Annual administration and progress report of the Indian Medical Department, Bombay
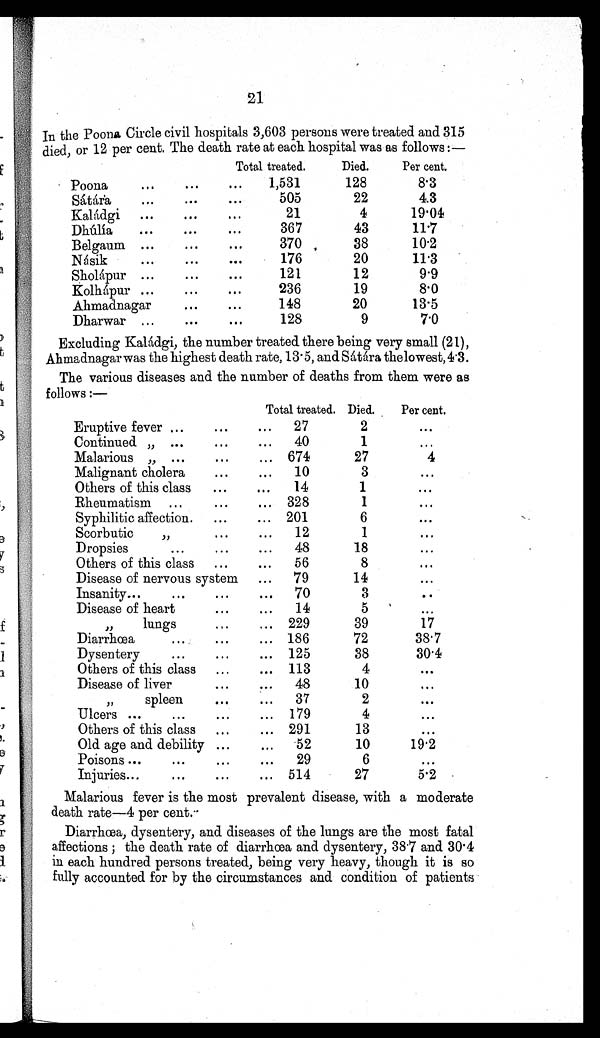
21
In the Poona Circle civil hospitals 3,603 persons were treated and 315
died, or 12 per cent. The death rate at each hospital was as follows:—
Total treated.
Died.
Per cent.
Poona
. . .
...
...
1,531
128
8.3
Sátára
...
. . .
. . .
505
22
4.3
Kaládgi
...
...
...
21
4
19.04
Dhúlía
...
...
. . .
367
43
11.7
Belgaum ...
...
. . .
370
38
10.2
Násik
. . .
. . .
. . .
176
20
11.3
Sholápur ...
. . .
. . .
121
12
9.9
Kolhápur ...
...
...
236
19
8.0
Ahmadnagar
. . .
. . .
148
20
13.5
Dharwar ...
...
. . .
128
9
7.0
Excluding Kaládgi, the number treated there being very small (21),
Ahmadnagar was the highest death rate, 13.5, and Sátára the lowest, 4.3.
The various diseases and the number of deaths from them were as
follows:—
Total treated. Died.
Per cent.
Eruptive fever ...
. . .
...
27
2
. . .
Continued „ ...
. . .
...
40
1
. . .
Malarious ,,
. . .
. . .
...
674
27
4
Malignant cholera
...
. . .
10
3
...
Others of this class
...
...
14
1
. . .
Rheumatism ...
...
... 328
1
. . .
Syphilitic affection.
...
... 201
6
. . .
Scorbutic ,,
. . .
. . .
12
1
...
Dropsies
...
...
...
48
18
. . .
Others of this class ...
...
56
8
. . .
Disease of nervous system
...
79
14
...
Insanity
. . . . . .
...
...
70
3
. . .
Disease of heart
...
...
14
5 . . .
, , l u n g s
. . .
... 229
39
17
Diarrhœa
. . .
. . .
... 186
72
38.7
Dysentery
. . .
...
... 125
38
30.4
Others of this class
...
... 113
4
. . .
Disease of liver
. . .
. . . 48
10
. . .
, , s p l e e n
...
...
37
2
. . .
Ulcers ...
...
. . .
... 179
4
. . .
Others of this class
...
... 291
13
. . .
Old age and debility ...
...
52
10
19.2
Poisons ...
. . .
...
...
29
6
. . .
Injuries
. . . ...
. . .
... 514
27
5.2
Malarious fever is the most prevalent disease, with a moderate
death rate—4 per cent.
Diarrhœa, dysentery, and diseases of the lungs are the most fatal
affections; the death rate of diarrhœa and dysentery, 38.7 and 30.4
in each hundred persons treated, being very heavy, though it is so
fully accounted for by the circumstances and condition of patients